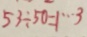
5 3 \div 5 0 = 1 \cdots 3